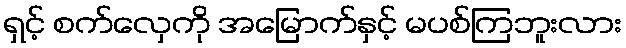
ရှင့် စက်လှေကို အမြောက်နှင့် မပစ်ကြဘူးလား